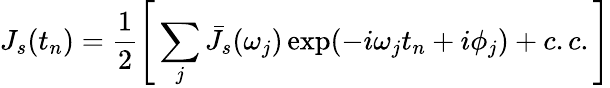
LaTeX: J_{s}(t_{n})=\frac{1}{2}\Bigg[\sum_{j}\bar{J}_{s}(\omega_{j})\exp(-i\omega_{j}t_{n}+i\phi_{j})+c.c.\Bigg]